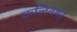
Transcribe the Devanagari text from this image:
कलिवषर्